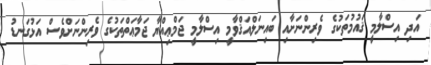
އަދި އިސްލާމީ ޤައުމުތަކުގެ ވެރިންނަށާއި ބައިނަލްއަޤްވާމީ އިސްލާމީ ޖަމްޢިއްޔާ ޖަމާޢަތްތަކުގެ ވެރިންނަށްވެސް އަޅުގަނޑު